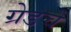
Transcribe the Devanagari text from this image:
ग्रेडचे